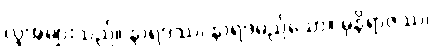
လူအများသည်။ နာရဒဿ၊ နာရဒမည်သော။ မုနိရာဇဿ၊